Annual report of the Punjab Veterinary College and of the Civil Veterinary Department, Punjab - 1894-1908
Year: 1894
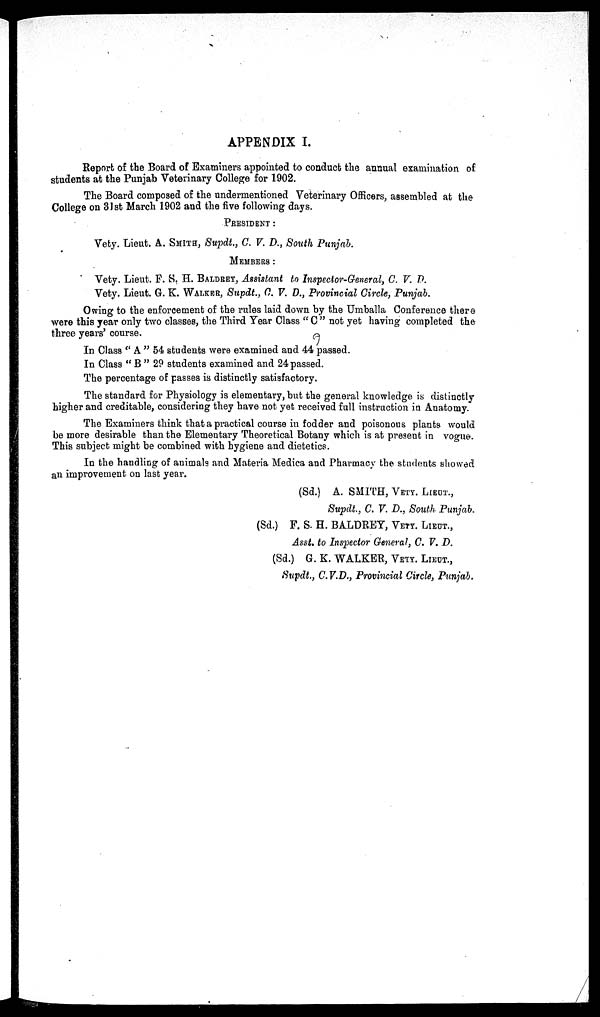
APPENDIX I.
Report of the Board of Examiners appointed to conduct the annual examination of
students at the Punjab Veterinary College for 1902.
The Board composed of the undermentioned Veterinary Officers, assembled at the
College on 31st March 1902 and the five following days.
PRESIDET:
Vety. Lieut. A. SMITH, Supdt., G. V. D., South Punjab.
MEMBERS:
Vety. Lieut. F. S. H. BALDREY, Assistant to Inspector-General, C. V. D.
Vety. Lieut. G. K. WALKER, Supdt., C. V. D., Provincial Circle, Punjab.
Owing to the enforcement of the rules laid down by the Umballa Conference there
were this year only two classes, the Third Year Class "C" not yet having completed the
three years' course.
In Class "A" 54 students were examined and 44 passed.
In Class "B" 29 students examined and 24 passed.
The percentage of passes is distinctly satisfactory.
The standard for Physiology is elementary, but the general knowledge is distinctly
higher and creditable, considering they have not yet received full instruction in Anatomy.
The Examiners think that a practical course in fodder and poisonous plants would
be more desirable than the Elementary Theoretical Botany which is at present in vogue.
This subject might be combined with hygiene and dietetics.
In the handling of animals and Materia Medica and Pharmacy the students showed
an improvement on last year.
(Sd.) A. SMITH, VETY. LIEUT.,
Supdt., C. V. D., South Punjab.
(Sd.) F. S. H. BALDREY, VETY. LIEUT.,
Asst. to Inspector General, C. V. D.
(Sd.) G. K. WALKER, VETY. LIEUT.,
Supdt., C.V.D., Provincial Circle, Punjab.